Report on sanitation, dispensaries, and jails in Rajputana for 1911, and on vaccination for the year 1911-1912 - 1911-1912
Year: 1911
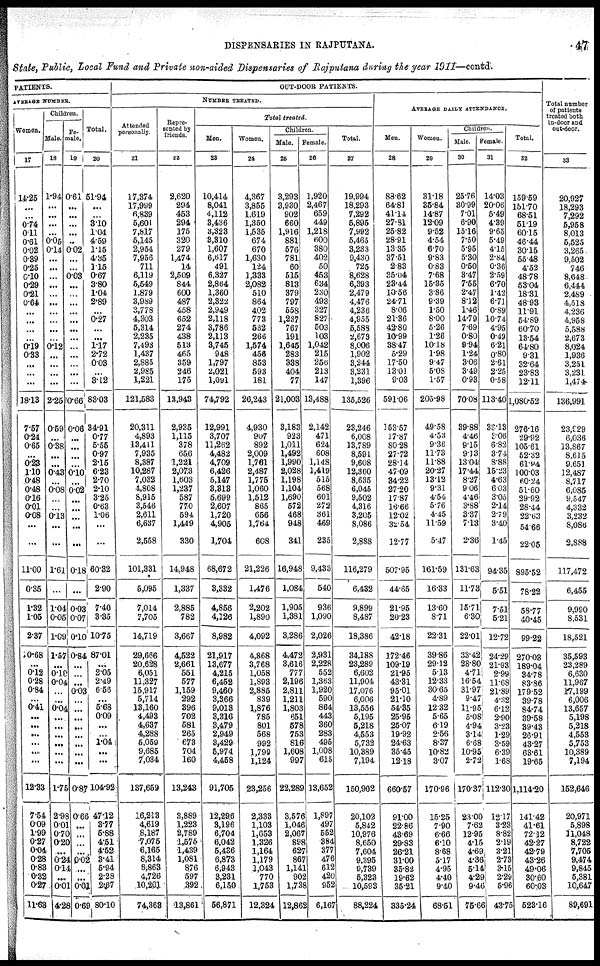
DISPENSARIES IN RAJPUTANA.
47
State, Public, Local Fund and Private non-aided Dispensaries of Rajputana during the year
PATIENTS.
AVERAGE NUMBER.
Women.
17
14.25
...
...
0.74
0.11
0.61
0.02
0.39
0.25
0.10
0.29
0.21
0.64
...
...
...
...
0.19
0.33
...
...
...
18.13
7.57
0.24
0.65
...
0.23
1.10
0.48
0.48
0.16
0.01
0.08
...
...
11.00
0.35
1.32
1.05
2.37
0.68
...
0.12
0.28
0.84
...
0.41
...
...
...
...
....
...
12.33
7.54
0.09
1.99
0.27
0.04
0.28
0.83
0.32
0.27
11.63
Children.
Male.
18
1.94
...
...
...
...
0.05
0.14
...
...
...
...
...
...
...
...
...
...
0.12
...
...
...
...
2.25
0.59
...
0.38
...
...
0.43
...
0.08
...
...
0.13
...
...
1.61
...
1.04
0.05
1.09
1.57
...
0.10
0.04
...
...
0.04
...
...
...
...
...
...
1.75
2.98
0.01
0.70
0.20
...
0.24
0.14
...
0.01
4.28
Fe-
male.
19
0.61
...
...
...
...
...
0.02
...
...
0.03
...
...
...
...
...
...
...
...
...
...
...
...
0.66
0.06
...
...
...
...
0.10
...
0.02
...
...
...
...
...
0.18
...
0.03
0.07
0.10
0.84
...
...
...
0.03
...
...
...
...
...
...
...
...
0.87
0.66
...
...
...
...
0.02
...
...
0.01
0.69
Total.
20
51.94
...
...
3.10
1.04
4.59
1.15
4.35
1.15
0.67
3.80
1.04
2.89
...
0.27
...
...
1.17
2.72
0.03
...
3.12
83.03
34.91
0.77
5.55
0.97
2.15
6.23
2.70
2.10
3.25
0.63
1.06
...
...
60.32
2.90
7.40
3.35
10.75
87.01
...
2.05
2.49
6.56
...
5.68
0.09
...
...
1.04
...
...
104.92
47.12
3.77
5.88
4.51
4.52
3.41
5.94
2.28
2.67
80.10
OUT-DOOR PATIENTS.
NUMBER TREATED.
Attended
personally.
21
17,374
17,999
6,839
5,601
7,817
5,145
2,954
7,956
711
6,119
5,549
1,879
3,989
3,778
4,303
5,314
2,235
7,493
1,437
2,885
2,985
1,221
121,583
20,311
4,893
13,411
7,935
8,387
10,287
7,032
4,808
8,915
3,546
2,611
6,637
2,558
101,331
5,095
7,014
7,705
14,719
29,666
20,628
6,051
11,327
15,917
5,714
13,160
4,493
4,637
4,288
5,059
9,685
7,034
137,659
16,213
4,619
8,187
7,075
6,165
8,314
8,863
4,726
10,201
74,368
Repre-
sented by
friends.
22
2,620
294
453
294
175
320
279
1,474
14
2,509
844
600
487
458
652
274
438
513
465
359
246
175
13,943
2,935
1,115
378
656
1,221
2,073
1,603
1,237
587
770
594
1,449
330
14,948
1,337
2,885
782
3,667
4,522
2,661
551
577
1,159
292
396
702
581
265
673
704
160
13,243
3,889
1,223
2,789
1,575
1,439
1,081
876
597
392
13,861
Total treated.
Men.
23
10,414
8,041
4,112
3,436
3,323
3,310
1,607
6,617
491
6,327
2,864
1,360
2,322
2,949
2,118
3,786
2,113
3,745
948
1,797
2,021
l,091
74,792
12,991
3,707
11,262
4,482
4,709
6,426
5,147
3,313
5,699
2,607
1,720
4,905
1,704
68,672
3,332
4,858
4,126
8,982
21,917
13,677
4,215
6,452
9,460
3,366
9,013
3,316
3,479
2,949
3,429
5,974
4,458
91,705
12,296
3,196
6,704
6,042
5,436
6,873
6,943
3,231
6,150
56,871
Women.
24
4,367
3,855
1,619
1,350
1,535
674
670
1,630
124
1,333
2,082
510
864
402
773
532
266
1,574
458
853
593
181
26,243
4,930
907
892
2,009
1,761
2,487
1,775
1,060
1,512
865
656
1,764
608
21,226
1,476
2,202
1,890
4,092
4,868
3,768
1,058
1,893
2,885
839
1,876
785
801
568
992
1,799
1,124
23,256
2,333
1,103
1,653
1,326
1,164
1,179
1,043
770
1,753
12,324
Children.
Male.
25
3,293
3,930
902
660
1,916
881
576
781
60
515
813
379
797
558
1,237
767
191
1,645
283
338
404
77
21,003
3,183
923
1,011
1,492
1,990
2,028
1,198
1,104
1,690
572
468
948
341
16,948
1,084
1,905
1,381
3,286
4,472
3,616
777
2,196
2,811
1,211
1,803
651
578
753
816
1,608
997
22,289
3,576
1,046
2,067
898
627
867
1,141
902
1,738
12,862
Female.
26
1,920
2,467
659
449
1,218
600
380
402
50
453
634
230
493
327
827
503
103
1,042
215
256
213
147
13,488
2,142
471
624
608
1,148
1,419
515
568
601
272
361
469
235
9,433
540
936
1,090
2,026
2,931
2,228
552
1,363
1,920
590
864
443
360
283
495
1,008
615
13,652
1,897
497
552
384
377
476
612
420
952
6,167
Total.
27
19,994
18,293
7,292
5,895
7,992
5,465
3,233
9,430
725
8,628
6,393
2,479
4,476
4,236
4,955
5,588
2,673
8,006
1,902
3,244
3,231
1,396
135,526
23,246
6,008
13,789
8,591
9,608
12,360
8,635
6,045
9,502
4,316
3,205
8,086
2,888
116,279
6,432
9,899
8,487
18,386
34,188
23,289
6,602
11,904
17,076
6,006
13,556
5,195
5,218
4,553
5,732
10,389
7,194
150,902
20,102
5,842
10,976
8,650
7,604
9,395
9,739
5,323
10,593
88,224
AVERAGE DAILY ATTENDANCE.
Men.
28
88.62
64.81
41.14
27.81
25.82
28.91
13.35
37.51
2.83
35.04
23.44
10.56
24.71
8.06
21.36
42.80
10.99
38.47
5.29
17.50
13.01
9.03
591.06
153.57
17.87
80.28
27.72
28.14
47.09
34.22
27.20
17.87
16.66
12.02
32.54
12.77
507.95
44.65
21.95
20.23
42.18
172.46
109.19
21.95
43.31
95.01
21.10
54.35
25.95
25.07
19.92
24.63
35.45
12.18
660.57
91.00
22.86
43.69
29.83
26.21
31.00
35.82
19.62
35.21
335.24
Women.
29
31.18
35.84
14.87
12.09
9.52
4.54
6.70
9.83
0.83
7.68
15.35
3.86
9.39
1.50
8.00
5.26
1.26
10.18
1.98
9.47
5.08
1.57
205.98
49.58
4.53
9.36
11.73
11.88
20.27
13.12
9.31
4.54
5.76
4.45
11.59
5.47
161.59
16.33
13.60
8.71
22.31
39.86
29.12
5.13
12.33
30.65
4.89
12.32
5.65
6.19
2.56
8.37
10.82
3.07
170.96
15.25
7.90
6.66
6.10
8.68
5.17
4.95
4.40
9.40
68.51
Children.
Male.
30
25.76
30.99
7.01
6.90
15.16
7.50
5.95
5.30
0.50
3.47
7.55
2.47
8.12
1.46
14.79
7.69
0.80
9.94
1.24
3.06
3.49
0.93
70.08
39.88
4.46
9.15
9.13
13.04
17.44
8.27
9.06
4.46
3.88
3.37
7.13
2.36
131.63
11.73
15.71
6.30
22.01
33.42
28.80
4.71
16.54
31.97
9.47
11.95
5.08
4.94
3.14
6.68
10.95
2.72
170.37
23.00
7.62
12.95
4.15
4.69
4.36
5.14
4.29
9.46
75.66
Female.
31
14.03
20.06
5.49
4.39
9.65
5.49
4.15
2.84
0.36
2.59
6.70
1.42
6.71
0.89
10.74
4.95
0.49
6.21
0.80
2.61
2.25
0.58
113.40
33.13
3.06
6.82
3.74
8.88
15.23
4.63
6.03
3.05
2.14
2.79
3.40
1.45
94.35
5.51
7.51
5.21
12.72
24.29
21.93
2.99
11.68
21.89
4.32
6.12
2.90
3.23
1.29
3.59
6.39
1.68
112.30
12.17
3.23
8.82
2.19
3.21
2.73
3.15
2.29
5.96
43.75
Total.
32
159.59
151.70
68.51
51.19
60.15
46.44
30.15
55.48
4.52
48.78
53.04
18.31
48.93
11.91
54.89
60.70
13.54
64.80
9.31
32.64
23.83
12.11
1,080.52
276.16
29.92
105.61
52.32
61.94
100.03
60.24
51.60
29.92
28.44
22.63
54.66
22.05
895.52
78.22
58.77
40.45
99.22
270.03
189.04
34.78
83.86
179.52
39.78
84.74
39.58
39.43
26.91
43.27
63.61
19.65
1,114.20
141.42
41.61
72.12
42.27
42.79
43.26
49.06
30.60
60.03
523.16
Total number
of patients
treated both
in-door and
out-door.
33
20,927
18,293
7,292
5,958
8,013
5,525
3,265
9,502
746
8,648
6,444
2,489
4,518
4,236
4,958
5,588
2,673
8,024
1,936
3,251
3,231
1,474
136,991
23,929
6,036
13,867
8,615
9,651
12,487
8,717
6,085
9,547
4,332
3,232
8,086
2,888
117,472
6,455
9,990
8,531
18,521
35,593
23,289
6,630
11,967
17,199
6,006
13,657
5,198
5,218
4,553
5,753
10,389
7,194
152,646
20,971
5,898
11,048
8,722
7,705
9,474
9,845
5,381
10,647
89,691